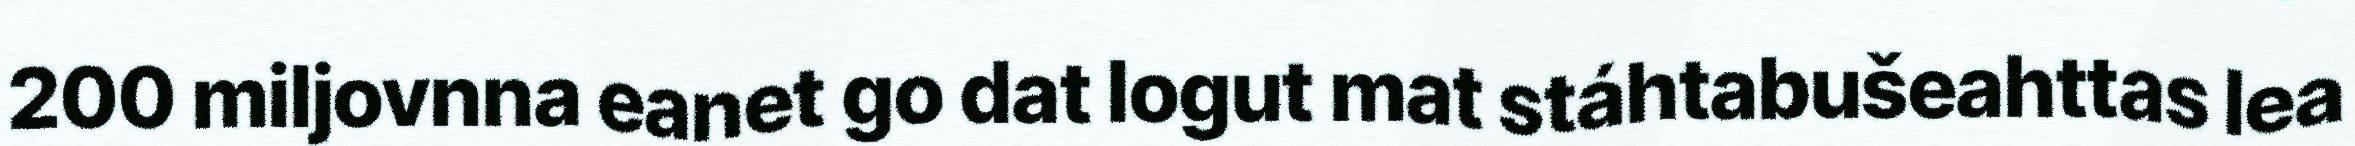
200 miljovnna eanet go dat logut mat stáhtabušeahttas lea